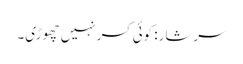
سرشار: کوئی کسر نہیں چھوڑی۔